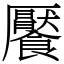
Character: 饜